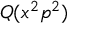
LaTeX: Q ( x ^ { 2 } p ^ { 2 } )